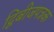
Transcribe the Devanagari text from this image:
द्विबीजपत्रक